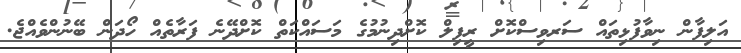
އަލިފާން ނިވާފުޅިތައް ސަރވިސްކޮށް ރީފިލް ކޮށްދިނުމުގެ މަސައްކަތް ކޮށްދޭނެ ފަރާތެއް ހޯދަން ބޭނުންވެއްޖެ.